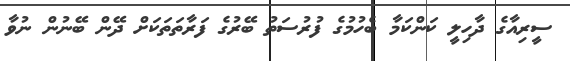
ސީރިއާގެ ދާހިލީ ކަންކަމާ ބެހުމުގެ ފުރުސަތު ބޭރުގެ ފަރާތަތަކަށް ދޭން ބޭނުން ނުވާ